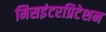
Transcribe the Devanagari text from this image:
मिसइंटरप्रिटेशन